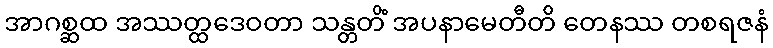
အာဂစ္ဆထ အဿတ္ထဒေဝတာ သန္တတိံ အပနာမေတီတိ တေနဿ တစရဇနံ